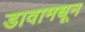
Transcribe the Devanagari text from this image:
डावामधून